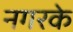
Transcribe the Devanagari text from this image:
नगरके